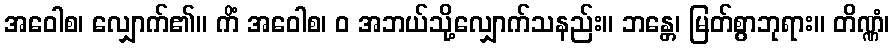
အဝေါစ၊ လျှောက်၏။ ကိံ အဝေါစ၊ ဝ အဘယ်သို့လျှောက်သနည်း။ ဘန္တေ၊ မြတ်စွာဘုရား။ တိဏ္ဏံ၊